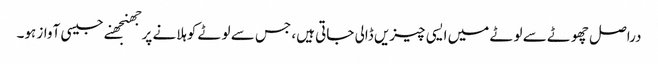
دراصل چھوٹے سے لوٹے میں ایسی چیزیں ڈالی جاتی ہیں، جس سے لوٹے کوہلانے پرجھنجھنے جیسی آواز ہو۔